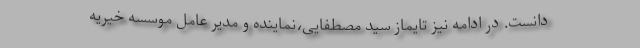
دانست. در ادامه نیز تایماز سید مصطفایی،نماینده و مدیر عامل موسسه خیریه